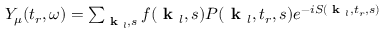
\begin{array} { r } { Y _ { \mu } ( t _ { r } , \omega ) = \sum _ { \textbf { k } _ { l } , s } f ( \textbf { k } _ { l } , s ) P ( \textbf { k } _ { l } , t _ { r } , s ) e ^ { - i S ( \textbf { k } _ { l } , t _ { r } , s ) } } \end{array}